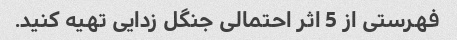
فهرستی از 5 اثر احتمالی جنگل زدایی تهیه کنید.